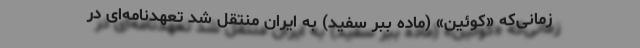
زمانی‌که «کوئین» (ماده ببر سفید) به ایران منتقل شد تعهدنامه‌ای در